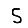
Digit: 5